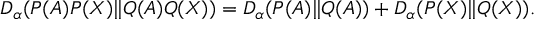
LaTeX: D _ { \alpha } ( P ( A ) P ( X ) \| Q ( A ) Q ( X ) ) = D _ { \alpha } ( P ( A ) \| Q ( A ) ) + D _ { \alpha } ( P ( X ) \| Q ( X ) ) .